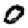
Digit: 0